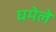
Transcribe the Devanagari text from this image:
घमेले